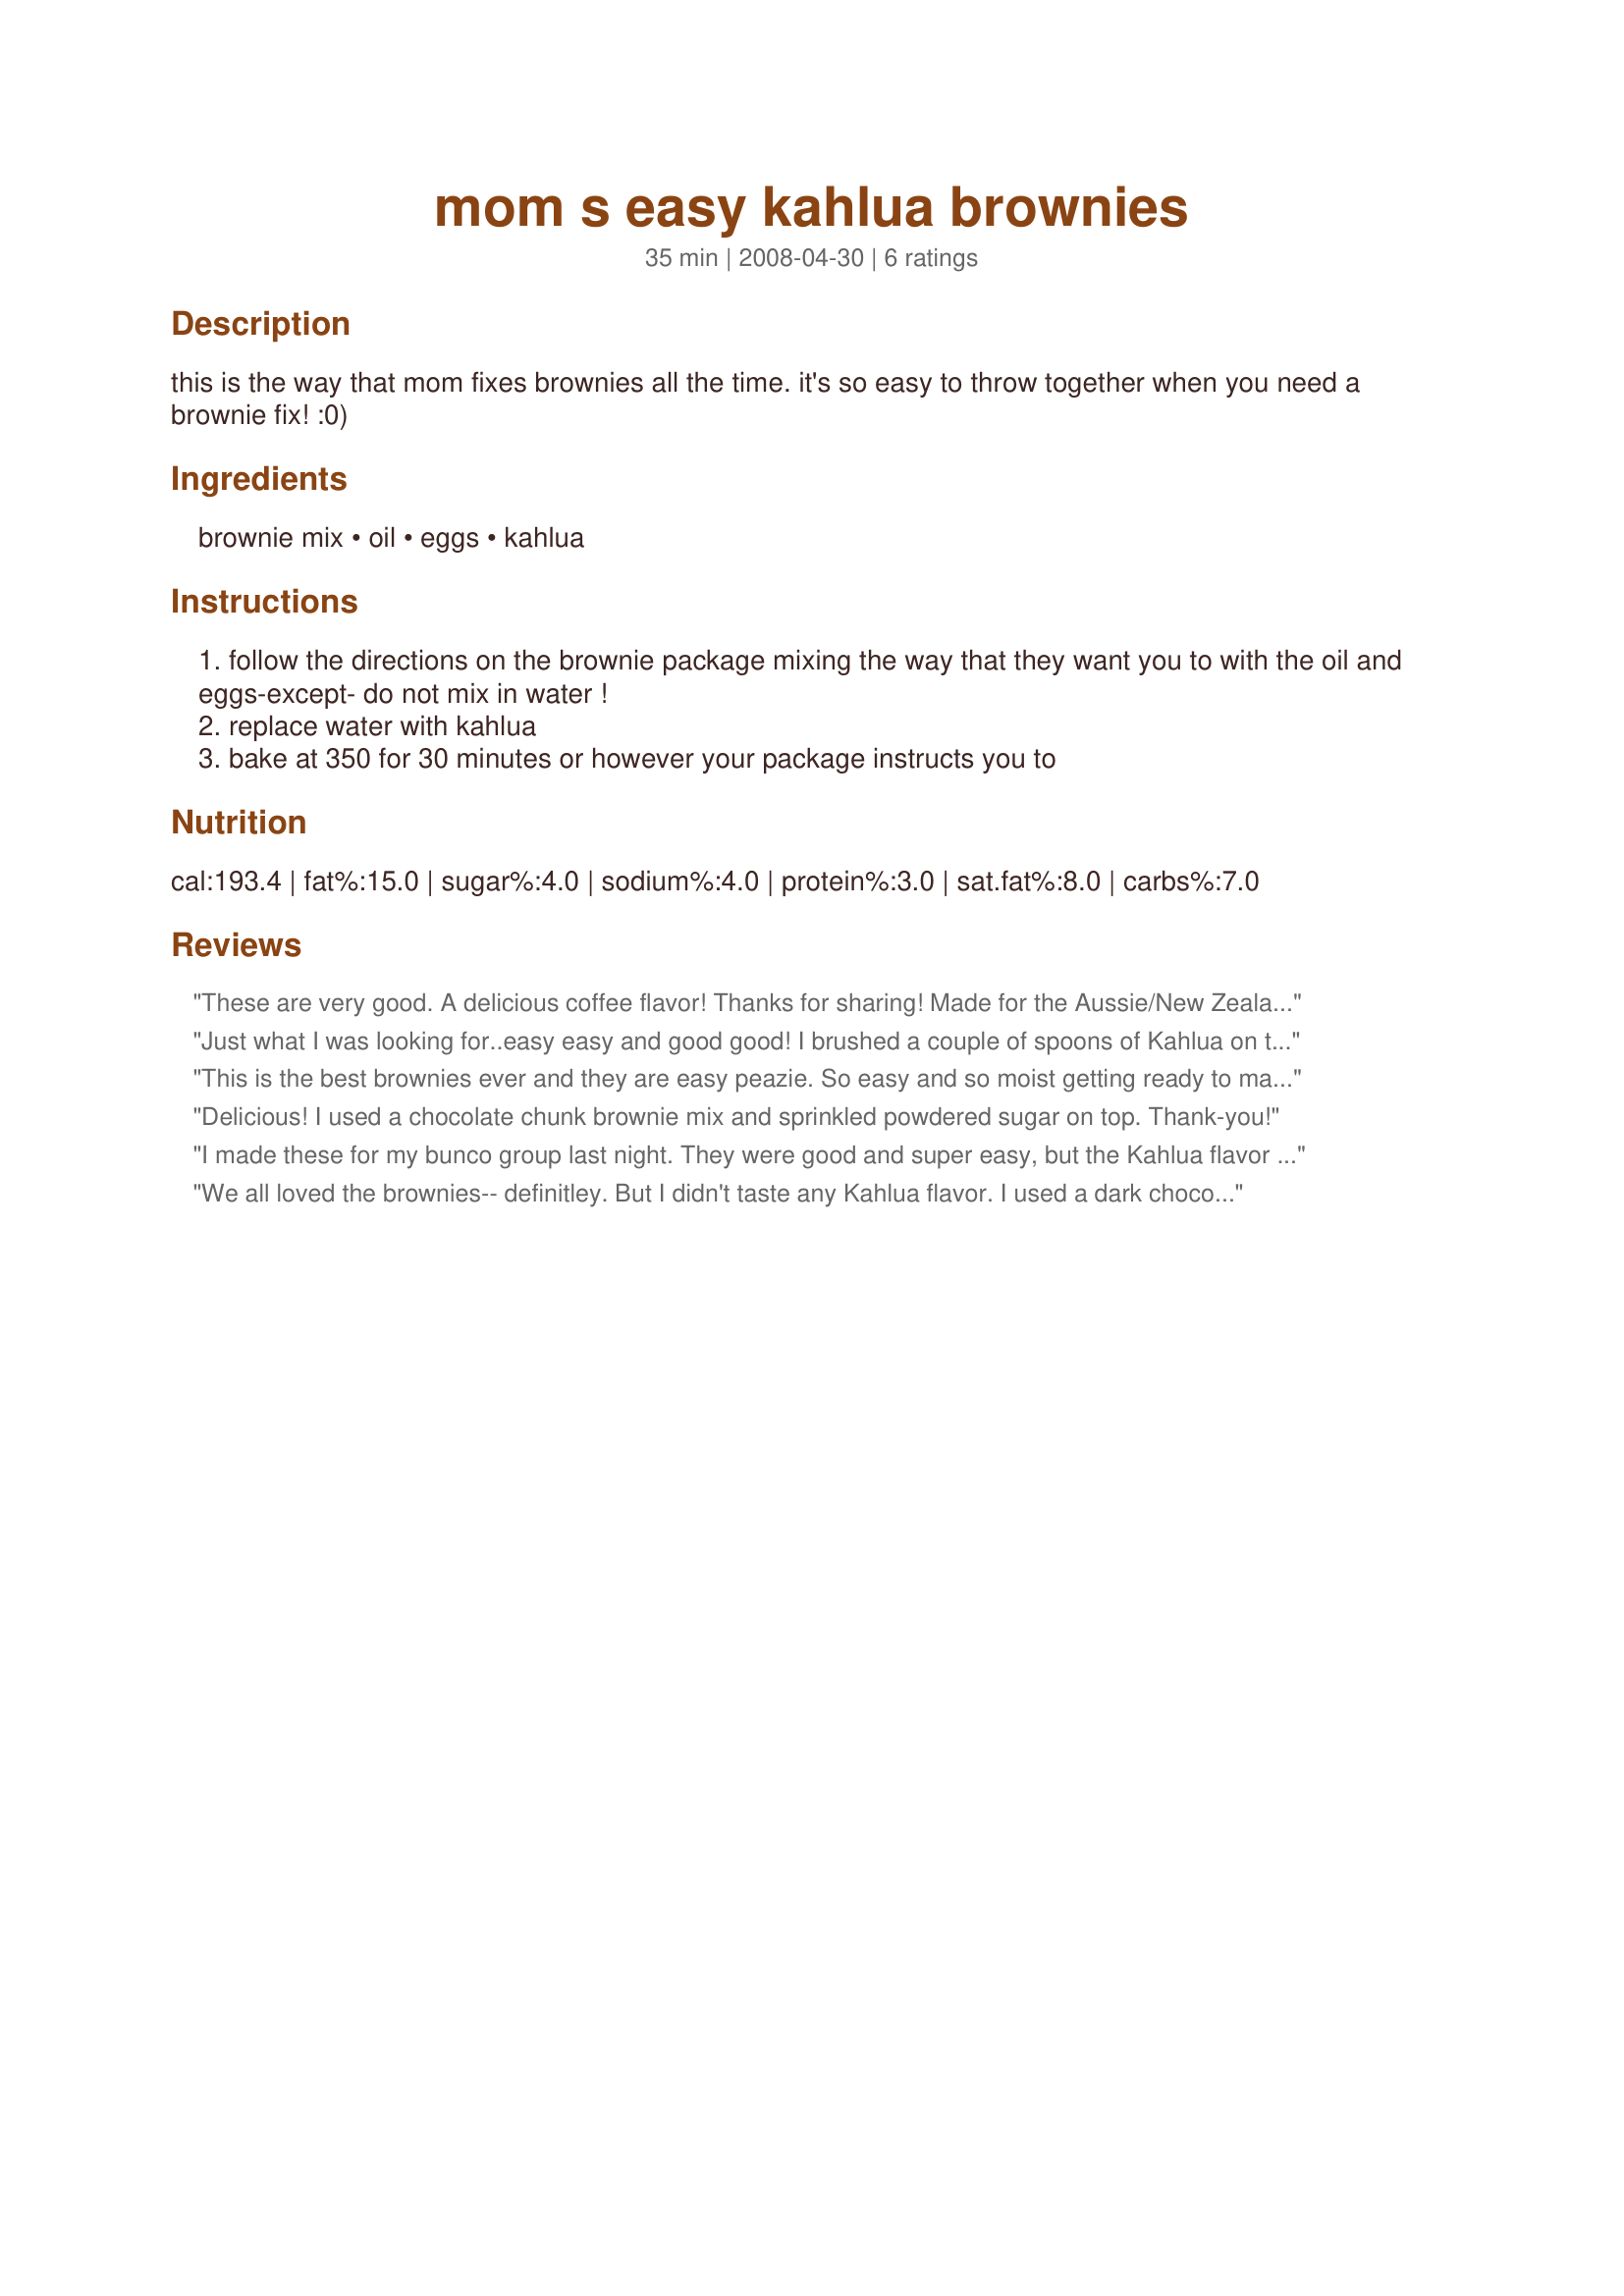
mom s easy kahlua brownies
Preparation time: 35 minutes

this is the way that mom fixes brownies all the time. it's so easy to throw together when you need a brownie fix! :0)

Ingredients:
brownie mix, oil, eggs, kahlua

Steps:
follow the directions on the brownie package mixing the way that they want you to with the oil and eggs-except- do not mix in water !
replace water with kahlua
bake at 350 for 30 minutes or however your package instructs you to

Reviews:
These are very good. A delicious coffee flavor! Thanks for sharing! Made for the Aussie/New Zealand 12 Days of Christmas Recipe Swap.
Just what I was looking for..easy easy and good good! I brushed a couple of spoons of Kahlua on the tops of the brownies after they cooled before I cut them.
This is the best brownies ever and they are easy peazie. So easy and so moist getting ready to make another batch I just double and use 9 by 13
Delicious! I used a chocolate chunk brownie mix and sprinkled powdered sugar on top. Thank-you!
I made these for my bunco group last night. They were good and super easy, but the Kahlua flavor really didn't come through. Not sure if you could add more and still have them firm up when they bake. I made a Kahlua whipped cream to go on top of them this time. Next time, like another review suggested, I may brush additional Kahlua on the top as soon as they come out of the oven. Luckily they worked out fine for my bunco group because I didn't know that two of the people there don't like Kahlua, so it was good that they couldn't taste it.
We all loved the brownies-- definitley. But I didn't taste any Kahlua flavor. I used a dark chocolate brownine mix, so maybe that's why. But, I do have some Tia Maria to use up-- so I'll try that next. You know, this is a great starting point to try different liquers-- Baileys Brownies would also be a good thing!
